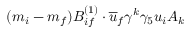
( m _ { i } - m _ { f } ) B _ { i f } ^ { ( 1 ) } \cdot \overline { { { u } } } _ { f } \gamma ^ { k } \gamma _ { 5 } u _ { i } A _ { k }